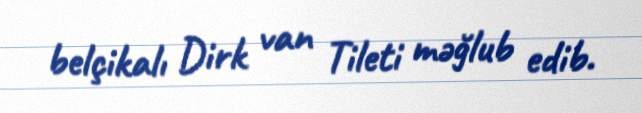
belçikalı Dirk van Tileti məğlub edib.